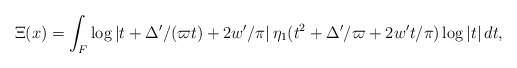
\begin{align*}\Xi(x)= \int_{F}\log|t+\Delta'/(\varpi t)+2w'/\pi| \,\eta_1(t^2+\Delta'/\varpi+2w't/\pi)\log|t|\,dt,\end{align*}